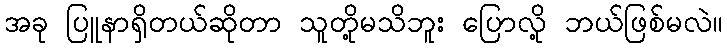
အခု ပြူနာရှိတယ်ဆိုတာ သူတို့မသိဘူး ပြောလို့ ဘယ်ဖြစ်မလဲ။